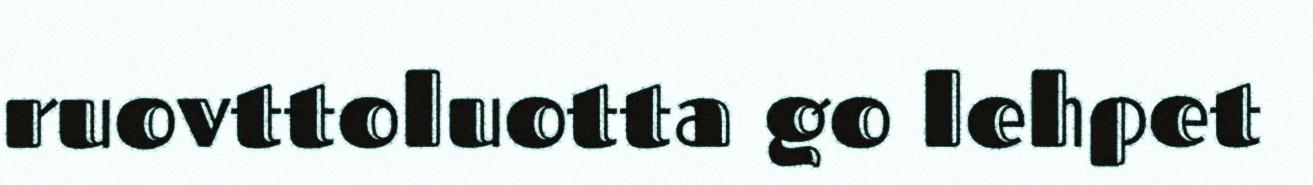
ruovttoluotta go lehpet